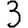
Digit: 3